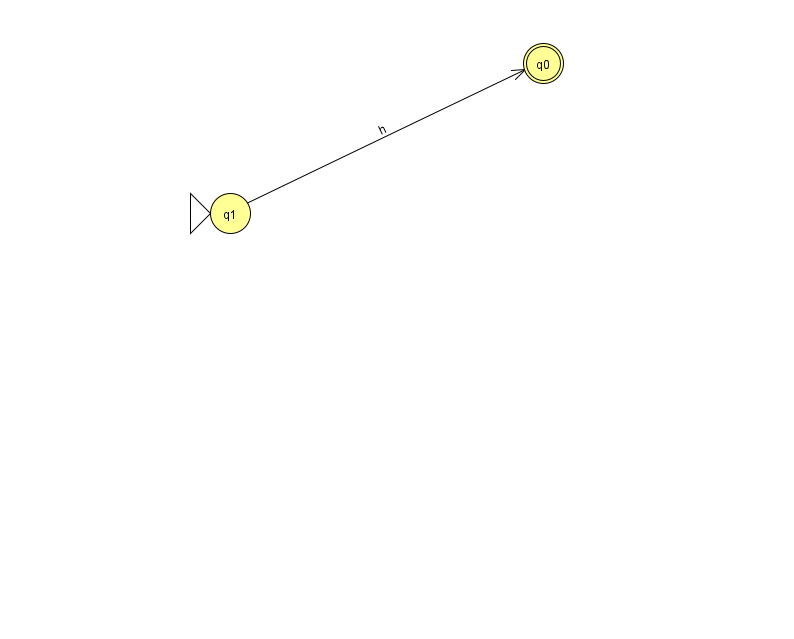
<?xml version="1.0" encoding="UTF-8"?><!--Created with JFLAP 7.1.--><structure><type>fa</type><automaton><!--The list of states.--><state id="0" name="q0"><x>543.0</x><y>50.0</y><final/></state><state id="1" name="q1"><x>230.0</x><y>200.0</y><initial/></state><!--The list of transitions.--><transition><from>1</from><to>0</to><read>h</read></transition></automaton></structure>